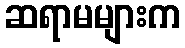
ဆရာမများက